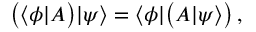
{ \bigl ( } \langle \phi | { \boldsymbol { A } } { \bigr ) } | \psi \rangle = \langle \phi | { \bigl ( } { \boldsymbol { A } } | \psi \rangle { \bigr ) } \, ,